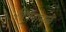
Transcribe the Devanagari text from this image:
विषयामुळे